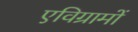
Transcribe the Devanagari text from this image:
एविग्रामों